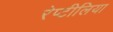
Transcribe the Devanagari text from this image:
रेप्टीलिया